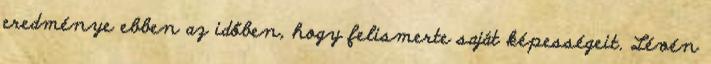
eredménye ebben az időben, hogy felismerte saját képességeit. Lévén